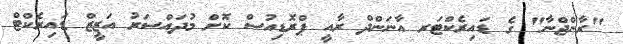
"ރާންޖްނާ" ގެ ޑައިރެކްޓަރ އާނަންދް ރާއީ ޕްރޮޑިއުސް ކޮށް މުދައްސަރު އަޒީޒް ޑައިރެކްޓް